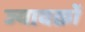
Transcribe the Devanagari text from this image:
ज्यावक्रों